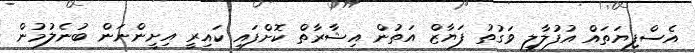
އެސްފިޔަތައް އުފުލާލި ވަގުތު ފަޔާޒް އަތުން އިޝާރާތް ކޮށްފައި ކައިރީ އިށީންނަން ބުނެލުމުން